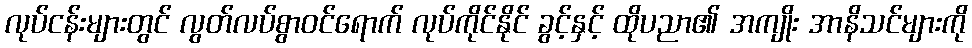
လုပ်ငန်းများတွင် လွတ်လပ်စွာဝင်ရောက် လုပ်ကိုင်နိုင် ခွင့်နှင့် ထိုပညာ၏ အကျိုး အာနိသင်များကို